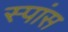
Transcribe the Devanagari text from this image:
स्पांस